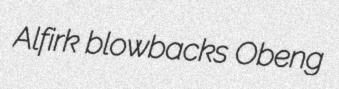
Alfirk blowbacks Obeng